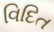
વિદિત